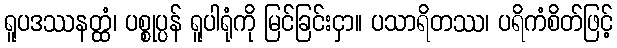
ရူပဒဿနတ္ထံ၊ ပစ္စုပ္ပန် ရူပါရုံကို မြင်ခြင်းငှာ။ ပသာရိတဿ၊ ပရိကံစိတ်ဖြင့်